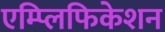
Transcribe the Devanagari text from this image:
एम्प्लिफिकेशन